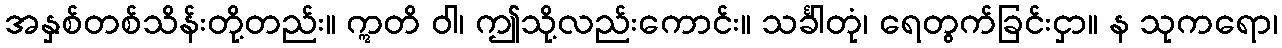
အနှစ်တစ်သိန်းတို့တည်း။ ဣတိ ဝါ၊ ဤသို့လည်းကောင်း။ သင်္ခါတုံ၊ ရေတွက်ခြင်းငှာ။ န သုကရော၊